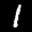
Label: 1